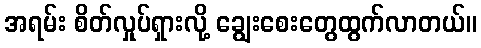
အရမ်း စိတ်လှုပ်ရှားလို့ ချွေးစေးတွေထွက်လာတယ်။